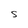
Character: S